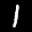
Label: 1